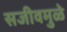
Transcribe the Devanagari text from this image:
सजीवमुळे